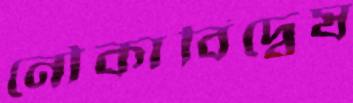
নৌকাবিদ্বেষ